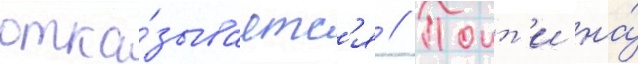
отка́зываетс'я // Поит'и на́